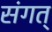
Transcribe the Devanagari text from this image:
संगत्